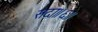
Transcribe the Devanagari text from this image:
सदा॥६॥